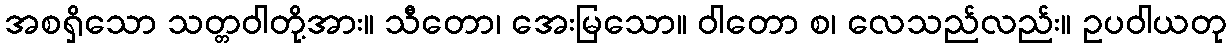
အစရှိသော သတ္တဝါတို့အား။ သီတော၊ အေးမြသော။ ဝါတော စ၊ လေသည်လည်း။ ဥပဝါယတု